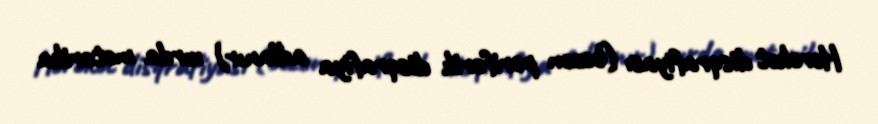
Hərəkət disqrafiyası (bəzən periferik disqrafiya adlanır) xırda motorika